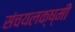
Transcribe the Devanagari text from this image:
संचयलक्ष्मी